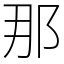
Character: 那